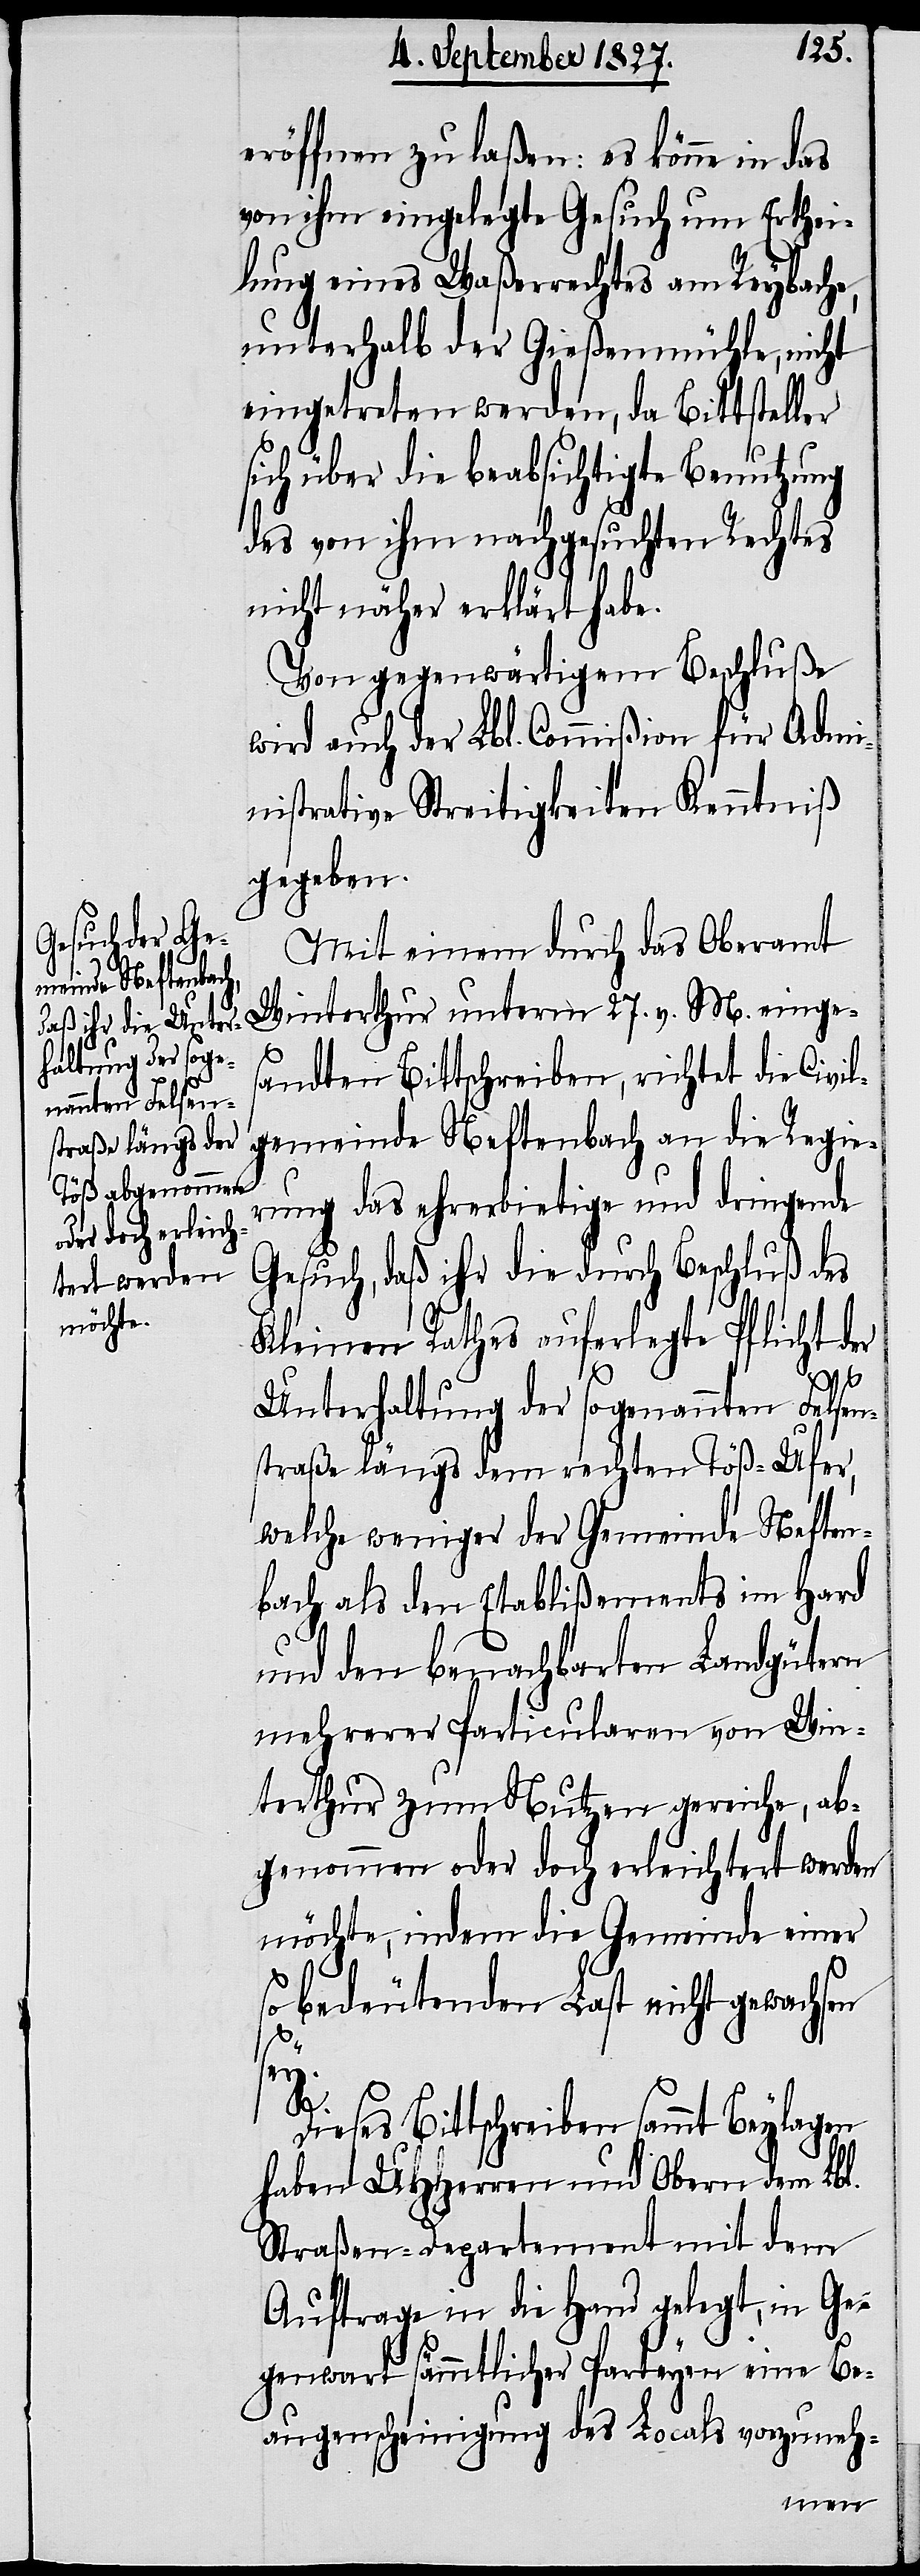
eröffnen zu laßen: es könne in das
von ihm eingelegte Gesuch um Erthei¬
lung eines Waßerrechtes am Reybache,
unterhalb der Gießenmühle, nicht
eingetreten werden, da Bittsteller
sich über die beabsichtigte Benutzung
des von ihm nachgesuchten Rechtes
nicht näher erklärt habe.
Von gegenwärtigem Beschluße
wird auch der Lbl. Commißion für Admi¬
nistrative Streitigkeiten Kenntniß
gegeben.
Mit einem durch das Oberamt
Winterthur unterm 27. v. M. einge¬
sandten Bittschreiben, richtet die Civil¬
gemeinde Neftenbach an die Regie¬
rung das ehrerbietige und dringende
Gesuch, daß ihr die durch Beschluß des
Kleinen Rathes auferlegte Pflicht der
Unterhaltung der sogenannten Felsen¬
straße längs dem rechten Töß-Ufer,
welche weniger der Gemeinde Neften¬
bach als den Etablißements im Hard
und den benachbarten Landgütern
mehrerer Particularen von Win¬
terthur zum Nutzen gereiche, ab¬
genommen oder doch erleichtert werden
möchte, indem die Gemeinde einer
so bedeutenden Last nicht gewachsen
sey.
Dieses Bittschreiben sammt Beylagen
haben UHHerren und Obern dem Lbl.
Straßen-Departement mit dem
Auftrage in die Hand gelegt, in Ge¬
genwart sämmtlicher Parteyen eine Be¬
augenscheinigung des Locals vorzuneh-